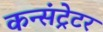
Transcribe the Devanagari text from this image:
कन्संट्रेटर